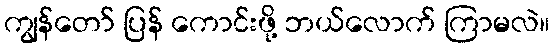
ကျွန်တော် ပြန် ကောင်းဖို့ ဘယ်လောက် ကြာမလဲ။